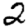
Digit: 2